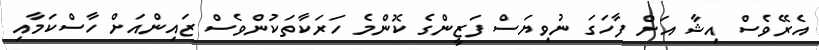
އެރޭވެސް އިޝާ އަށް ފާހަގަ ނުވިޔަސް ފަޒީންގެ ކޮންމެ ހަރަކާތަކުންވެސް ޒައިންއަށް ހާސްކަމާއި